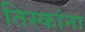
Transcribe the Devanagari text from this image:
तिस्कांना